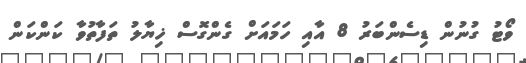
ވޯޓު ގުނުން ޑިސެންބަރު 8 އާއި ހަމައަށް ގެންގޮސް ޚިޔާލު ތަފާތުވާ ކަންކަން